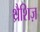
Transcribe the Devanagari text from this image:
थ्रैशिज़